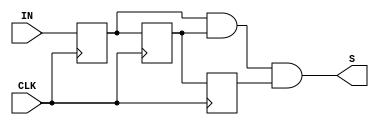
module Debounce(IN,CLK,S);
input IN,CLK;
output S;
reg Q1,Q2,Q3;
always @(posedge CLK)
begin
	Q1<=IN;
	Q2<=Q1;
	Q3<=Q2;
end
assign S = Q1 & Q2 & Q3;
endmodule